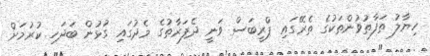
ހިޔާލު ތަފާތުވުންތަކުގެ ތެރޭގައި ޕްރީބަސް ވަނީ ދެފަރާތުގެ މެދުގައި ގުޅުން ބަދަހި ކުރުމަށް